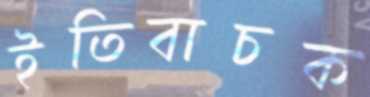
ইতিবাচক